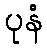
ပုနံ